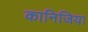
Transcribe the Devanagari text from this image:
कानिजिया